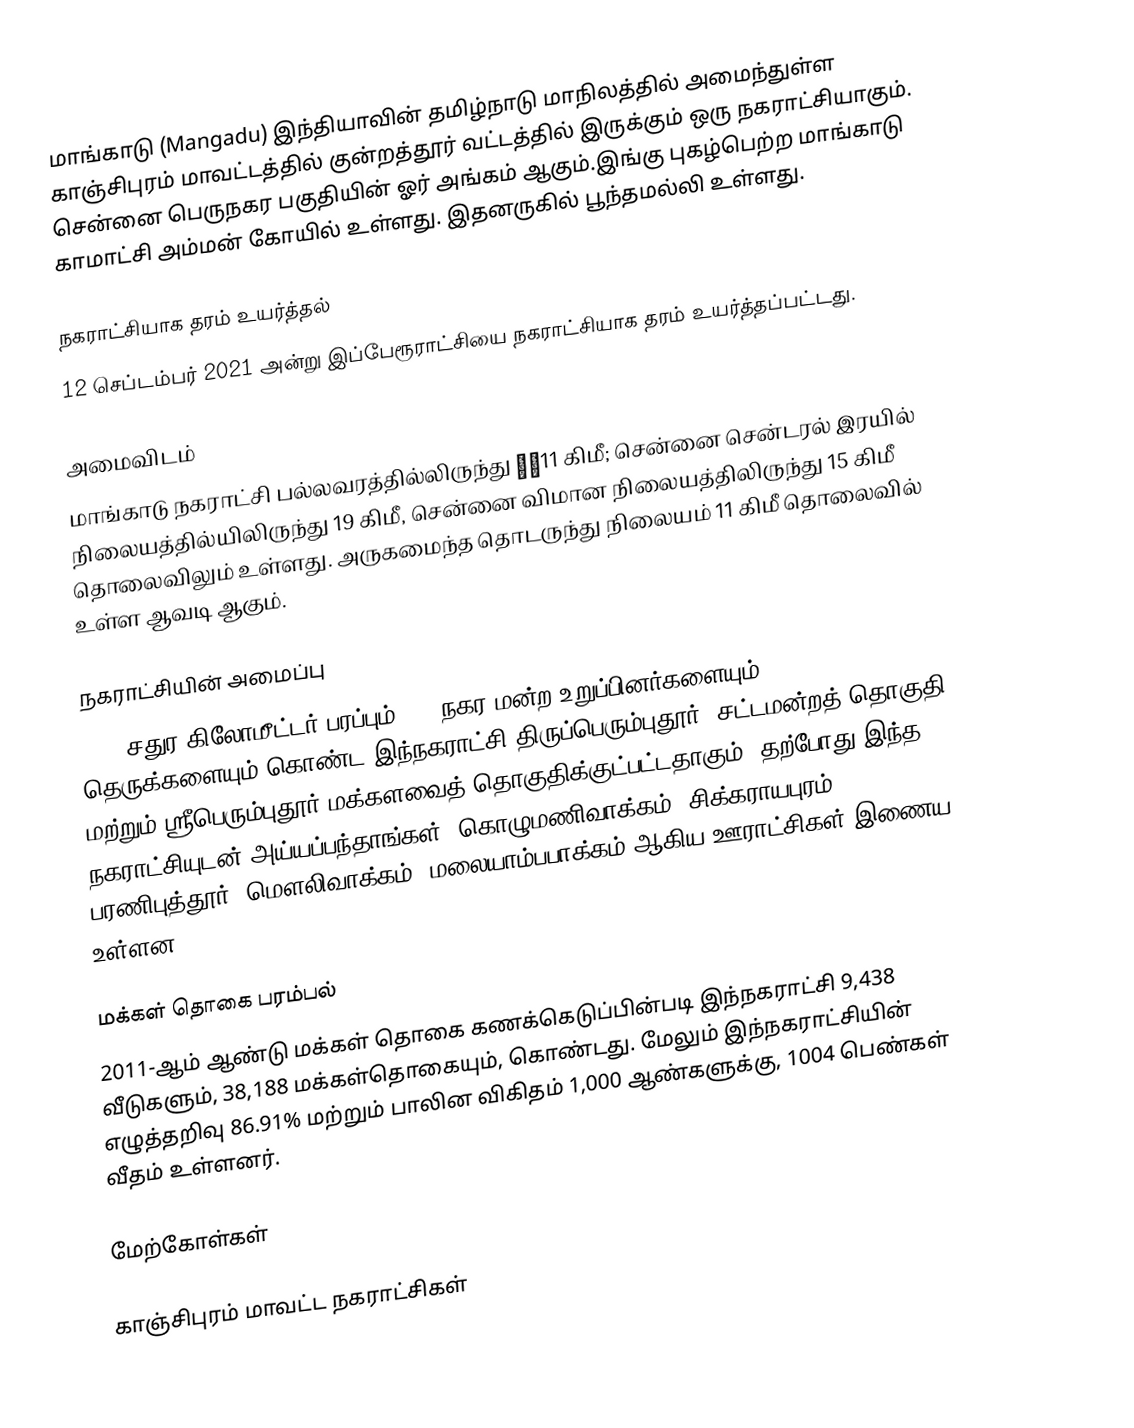
மாங்காடு (Mangadu) இந்தியாவின் தமிழ்நாடு மாநிலத்தில் அமைந்துள்ள காஞ்சிபுரம் மாவட்டத்தில் குன்றத்தூர் வட்டத்தில் இருக்கும்  ஒரு நகராட்சியாகும். சென்னை பெருநகர பகுதியின் ஓர் அங்கம் ஆகும்.இங்கு புகழ்பெற்ற மாங்காடு காமாட்சி அம்மன் கோயில் உள்ளது. இதனருகில் பூந்தமல்லி உள்ளது.

நகராட்சியாக தரம் உயர்த்தல்
12 செப்டம்பர் 2021 அன்று இப்பேரூராட்சியை நகராட்சியாக தரம் உயர்த்தப்பட்டது.

அமைவிடம்
மாங்காடு நகராட்சி பல்லவரத்தில்லிருந்து ￼￼11 கிமீ; சென்னை சென்டரல் இரயில் நிலையத்தில்யிலிருந்து 19 கிமீ, சென்னை விமான நிலையத்திலிருந்து 15 கிமீ தொலைவிலும் உள்ளது. அருகமைந்த தொடருந்து நிலையம் 11 கிமீ தொலைவில் உள்ள ஆவடி ஆகும்.

நகராட்சியின் அமைப்பு
8.40 சதுர கிலோமீட்டர் பரப்பும், 27  நகர மன்ற உறுப்பினர்களையும், 482 தெருக்களையும்  கொண்ட இந்நகராட்சி திருப்பெரும்புதூர்  (சட்டமன்றத் தொகுதி) மற்றும் ஸ்ரீபெரும்புதூர் மக்களவைத் தொகுதிக்குட்பட்டதாகும். தற்போது இந்த நகராட்சியுடன் அய்யப்பந்தாங்கள், கொழுமணிவாக்கம், சிக்கராயபுரம், பரணிபுத்தூர், மௌலிவாக்கம், மலையாம்பபாக்கம் ஆகிய ஊராட்சிகள் இணைய உள்ளன.

மக்கள் தொகை பரம்பல்
2011-ஆம் ஆண்டு மக்கள் தொகை கணக்கெடுப்பின்படி இந்நகராட்சி 9,438  வீடுகளும், 38,188 மக்கள்தொகையும், கொண்டது. மேலும் இந்நகராட்சியின் எழுத்தறிவு 86.91% மற்றும்  பாலின விகிதம் 1,000 ஆண்களுக்கு, 1004  பெண்கள் வீதம் உள்ளனர்.

மேற்கோள்கள்

காஞ்சிபுரம் மாவட்ட நகராட்சிகள்